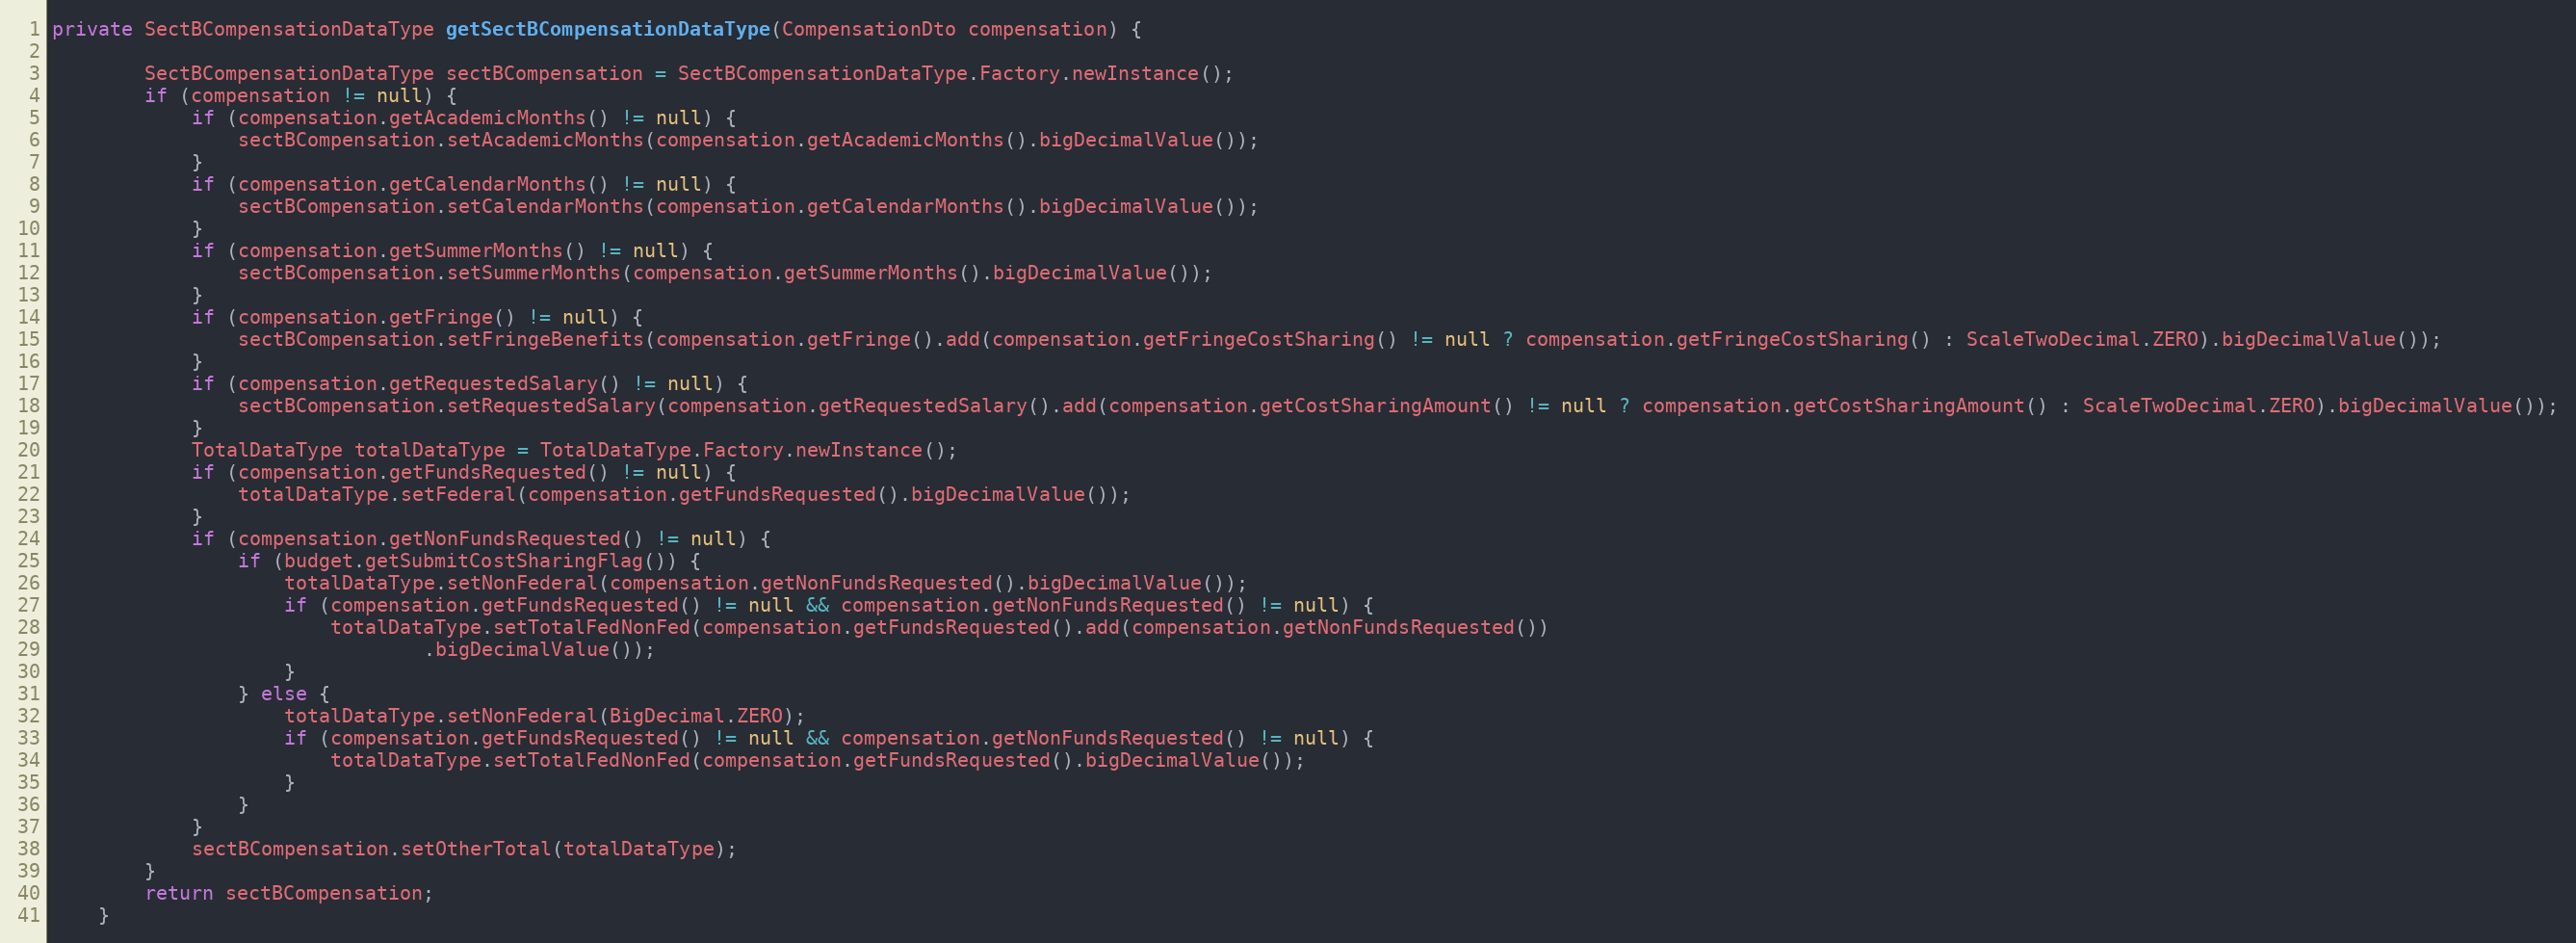
Language: Java
private SectBCompensationDataType getSectBCompensationDataType(CompensationDto compensation) {

        SectBCompensationDataType sectBCompensation = SectBCompensationDataType.Factory.newInstance();
        if (compensation != null) {
            if (compensation.getAcademicMonths() != null) {
                sectBCompensation.setAcademicMonths(compensation.getAcademicMonths().bigDecimalValue());
            }
            if (compensation.getCalendarMonths() != null) {
                sectBCompensation.setCalendarMonths(compensation.getCalendarMonths().bigDecimalValue());
            }
            if (compensation.getSummerMonths() != null) {
                sectBCompensation.setSummerMonths(compensation.getSummerMonths().bigDecimalValue());
            }
            if (compensation.getFringe() != null) {
                sectBCompensation.setFringeBenefits(compensation.getFringe().add(compensation.getFringeCostSharing() != null ? compensation.getFringeCostSharing() : ScaleTwoDecimal.ZERO).bigDecimalValue());
            }
            if (compensation.getRequestedSalary() != null) {
                sectBCompensation.setRequestedSalary(compensation.getRequestedSalary().add(compensation.getCostSharingAmount() != null ? compensation.getCostSharingAmount() : ScaleTwoDecimal.ZERO).bigDecimalValue());
            }
            TotalDataType totalDataType = TotalDataType.Factory.newInstance();
            if (compensation.getFundsRequested() != null) {
                totalDataType.setFederal(compensation.getFundsRequested().bigDecimalValue());
            }
            if (compensation.getNonFundsRequested() != null) {
                if (budget.getSubmitCostSharingFlag()) {
                    totalDataType.setNonFederal(compensation.getNonFundsRequested().bigDecimalValue());
                    if (compensation.getFundsRequested() != null && compensation.getNonFundsRequested() != null) {
                        totalDataType.setTotalFedNonFed(compensation.getFundsRequested().add(compensation.getNonFundsRequested())
                                .bigDecimalValue());
                    }
                } else {
                    totalDataType.setNonFederal(BigDecimal.ZERO);
                    if (compensation.getFundsRequested() != null && compensation.getNonFundsRequested() != null) {
                        totalDataType.setTotalFedNonFed(compensation.getFundsRequested().bigDecimalValue());
                    }
                }
            }
            sectBCompensation.setOtherTotal(totalDataType);
        }
        return sectBCompensation;
    }